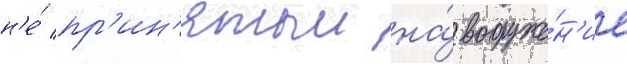
н'е́ пр'ин'ятыи на́ вооруже́н'ие